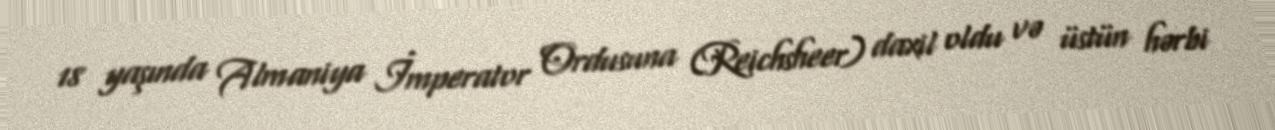
18 yaşında Almaniya İmperator Ordusuna (Reichsheer) daxil oldu və üstün hərbi